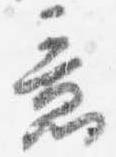
意